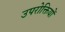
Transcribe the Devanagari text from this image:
उपरोक्तियों